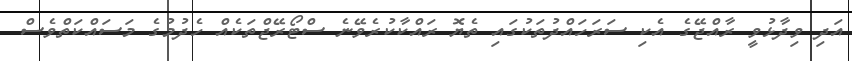
އަދި ވިދާޅުވީ ރާއްޖޭގެ އެކި ސަރަހައްދުތަކުގައި ތެޔޮ ރައްކާކުރެވޭނެ ސްޓޯރޭޖްތަކެއް ހެދުމުގެ މަސައްކަތްވެސް